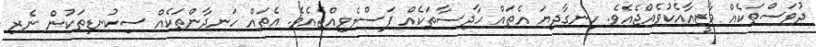
ދުވަސްތަކެއް މާޒީއާއެކުވެއްޖެއެވެ. ހިނގާދިޔަ އެތައް ހާދިސާތަކެއް ފަސްލެވިއްޖެއެވެ. އެތައް ހަނދާންތަކެއް ސިކުނޑިތަކުން ނެރި